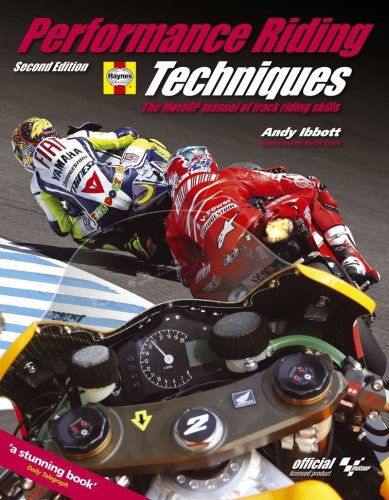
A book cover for Performance Riding Techniques: The MotoGP Manual of Track Riding Skills; Andy Ibbott; Sports & Outdoors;